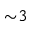
{ \sim } 3